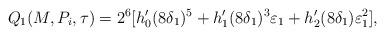
LaTeX: \begin{align*}&{Q_1}(M,P_i,\tau)=2^6[h_0'(8\delta_1)^{5}+h_1'(8\delta_1)^{3}\varepsilon_1+h_2'(8\delta_1)\varepsilon_1^2],\end{align*}